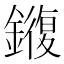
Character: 𫓍